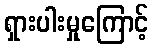
ရှားပါးမှုကြောင့်